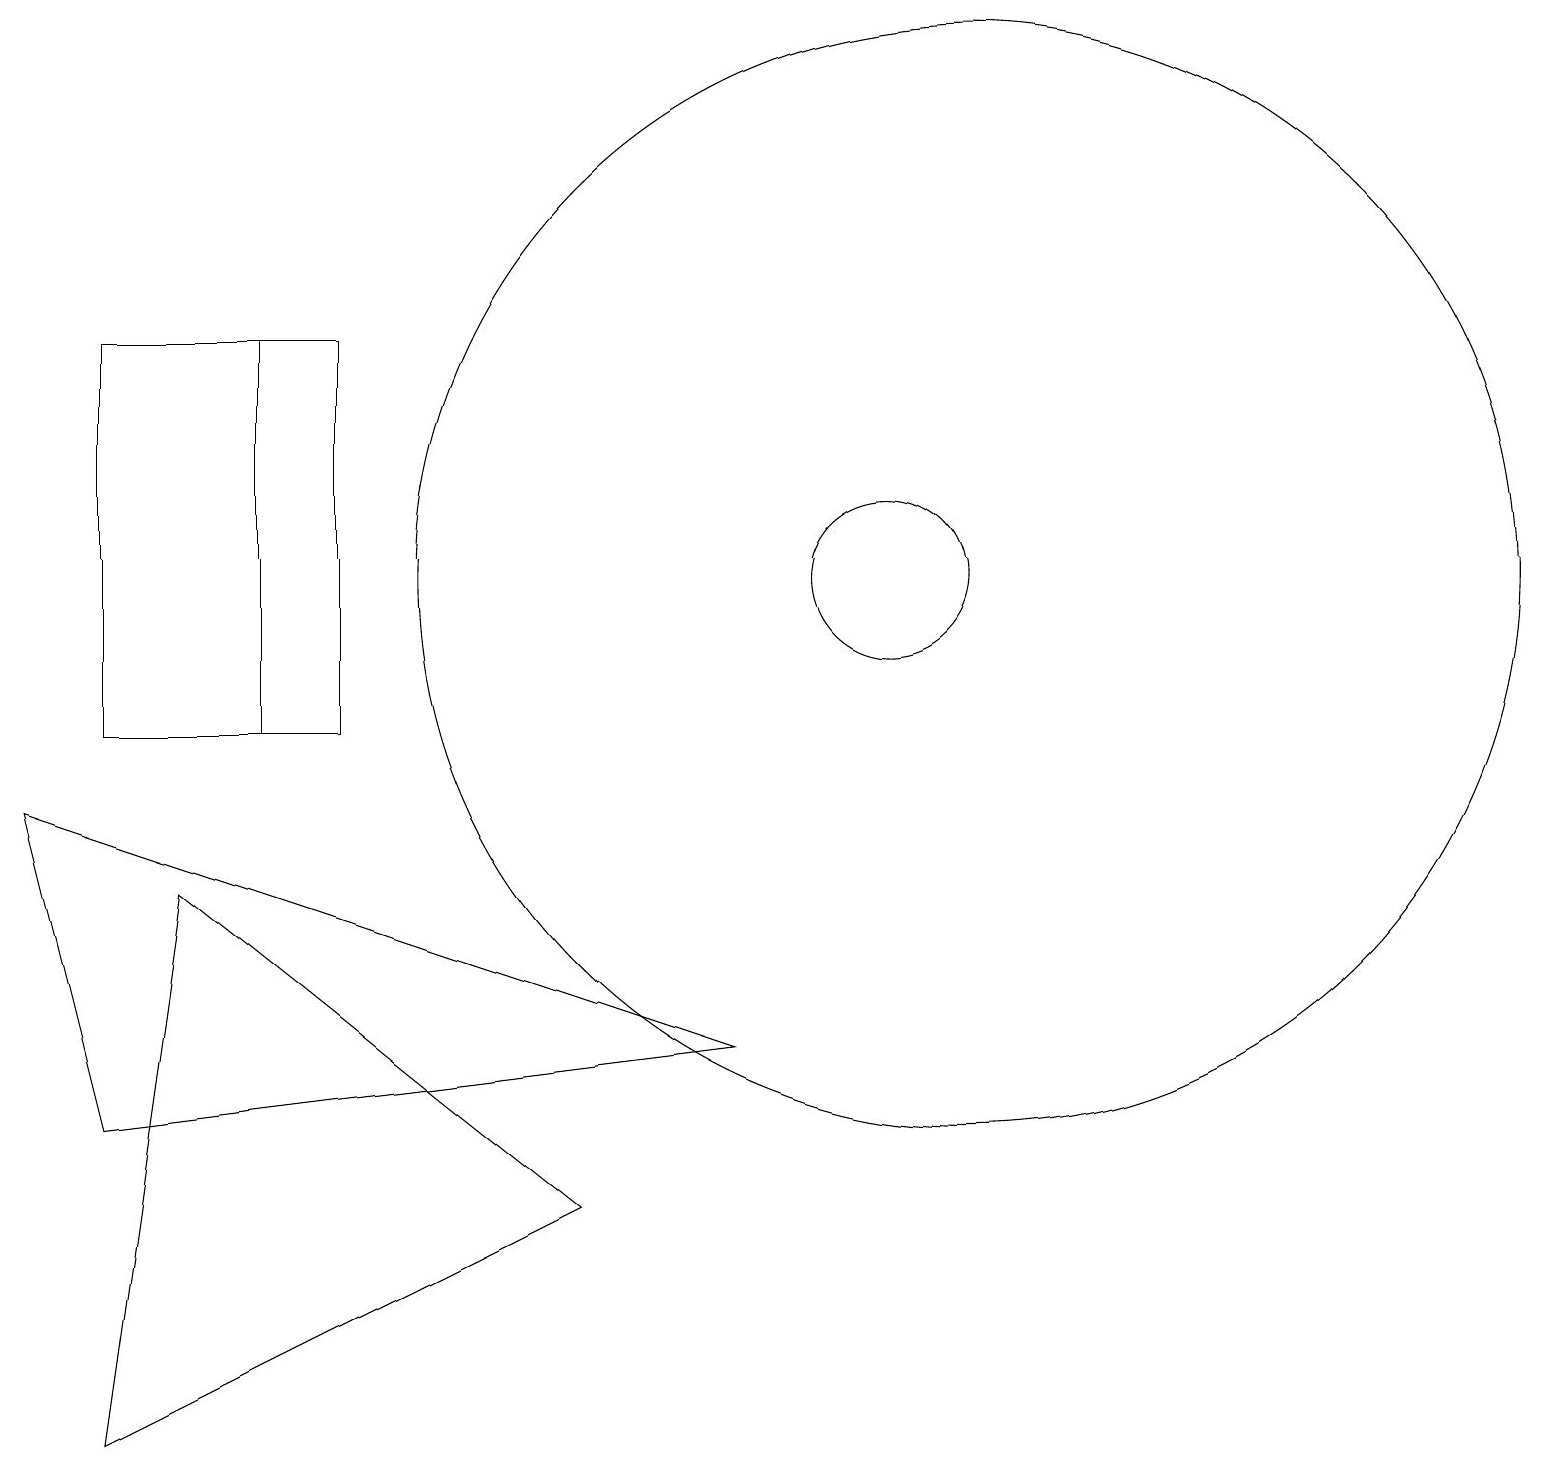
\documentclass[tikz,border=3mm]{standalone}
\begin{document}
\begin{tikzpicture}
\draw (11,12) circle (1);
\draw (0,9) -- (1,5) -- (9,6) -- cycle;
\draw (2,8) -- (1,1) -- (7,4) -- cycle;
\draw (12,12) circle (7);
\draw (3,10) rectangle (4,15);
\draw (1,15) rectangle (3,10);
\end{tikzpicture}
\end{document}